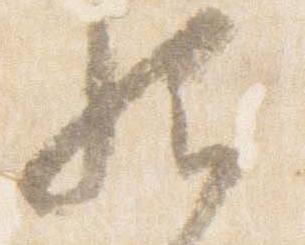
然